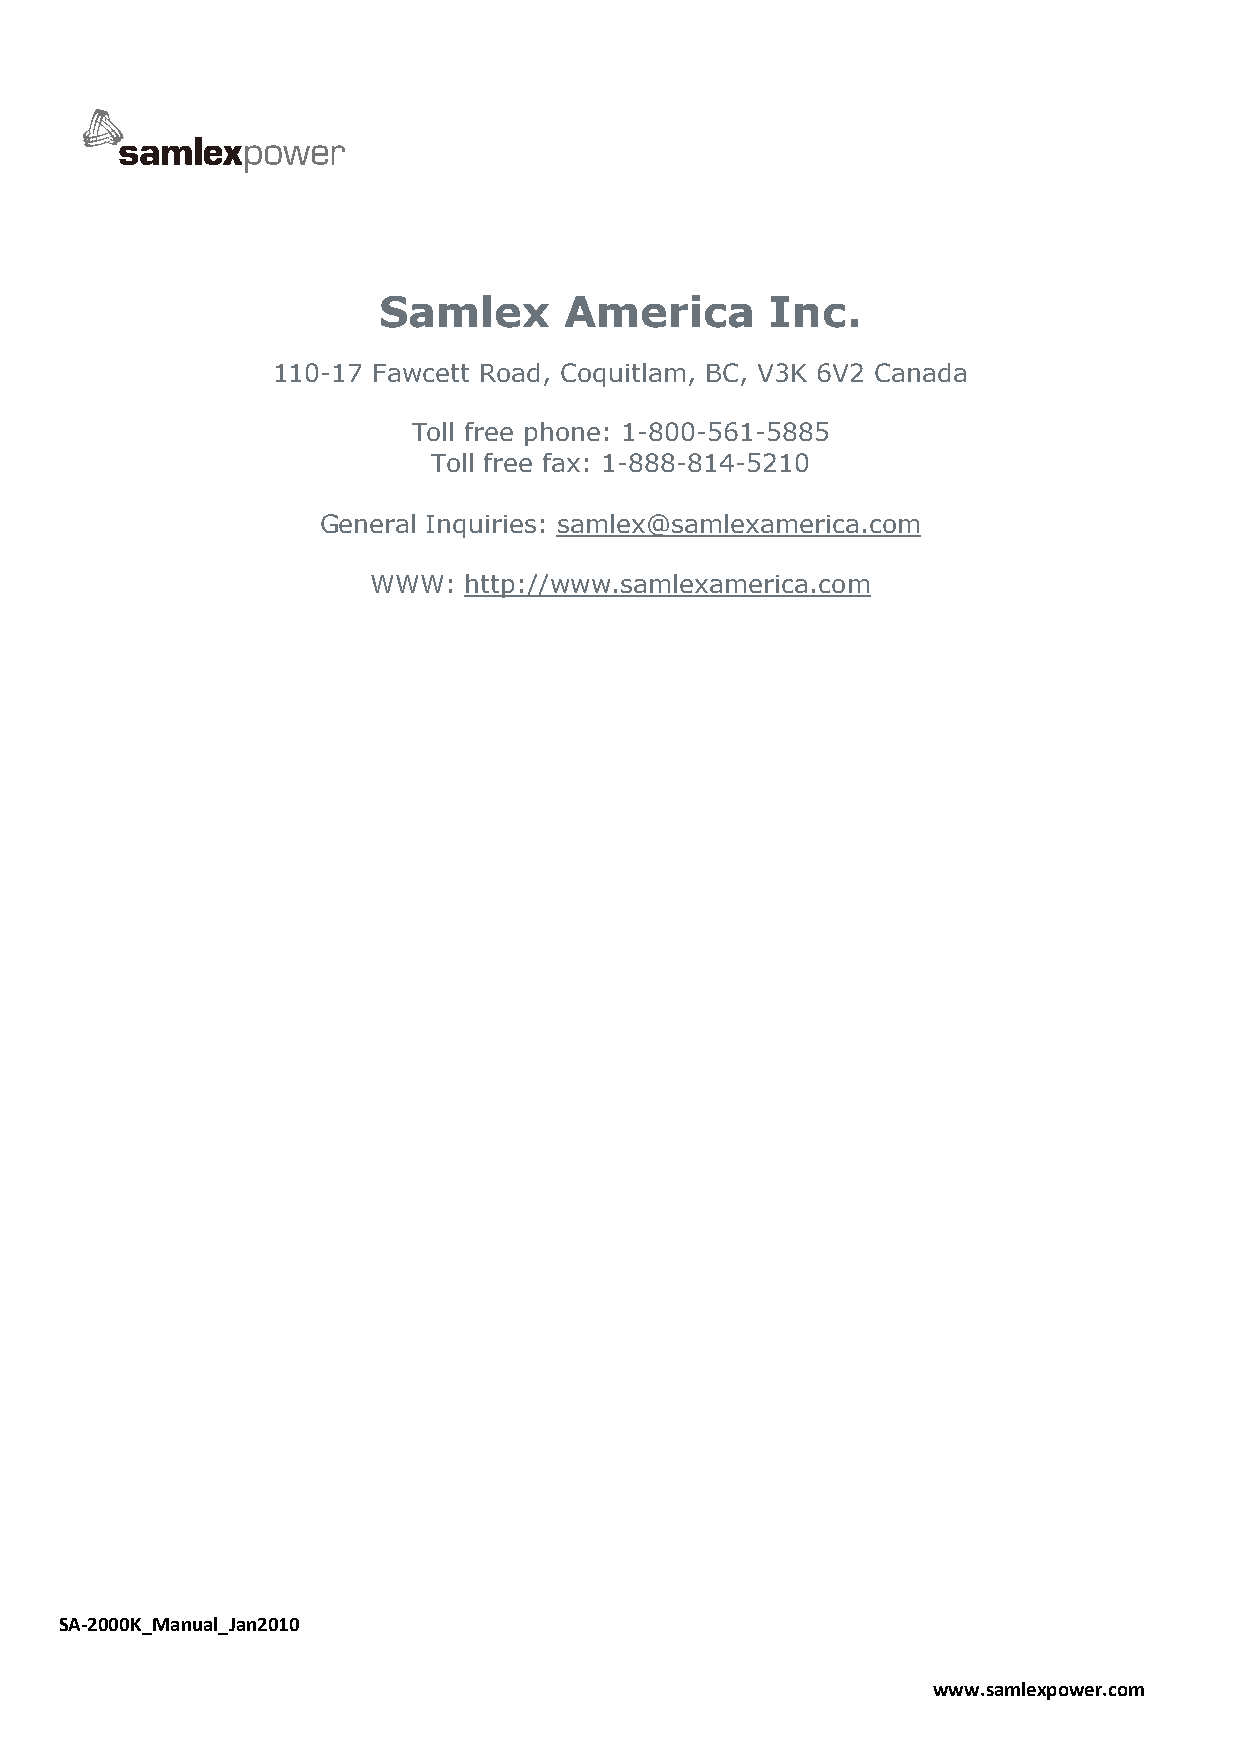
Samlex      America       Inc.
 110-17 Fawcett Road, Coquitlam, BC, V3K 6V2 Canada
 Toll free phone: 1-800-561-5885
 Toll free fax: 1-888-814-5210
 General Inquiries: samlex@samlexamerica.com
 WWW:   http://www.samlexamerica.com
 SA-2000K_Manual_Jan2010
 www.samlexpower.com